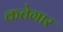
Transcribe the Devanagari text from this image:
कतेगार